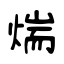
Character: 煓